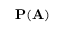
\mathbf { P } ( \mathbf { A } )